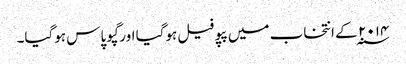
۲۰۱۴ ؁ کے انتخاب میں پپو فیل ہوگیا اور گپو پاس ہوگیا۔